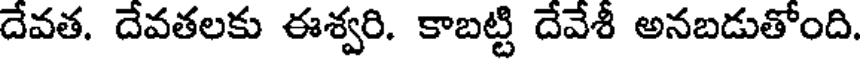
దేవత. దేవతలకు ఈశ్వరి. కాబట్టి దేవేశీ అనబడుతోంది.